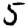
Digit: 5